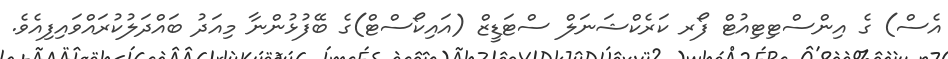
އެސް) ގެ އިންސްޓިޓިއުޓް ފޯރ ކަރެކްޝަނަލް ސްޓަޑީޒް (އައިކޯސްޓް)ގެ ބޭފުޅުންނާ މިއަދު ބައްދަލުކުރައްވައިފިއެވެ.